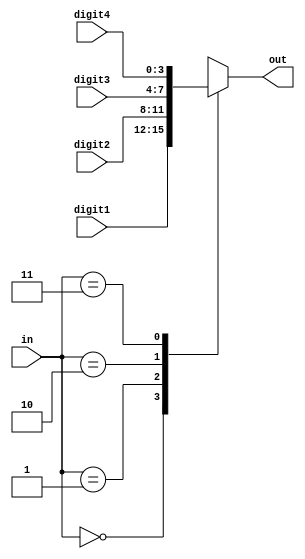
`timescale 1ns / 1ps
//////////////////////////////////////////////////////////////////////////////////
// Company: 
// Engineer: 
// 
// Design Name: 
// Module Name:    mux4to1 
// Project Name: 
// Target Devices: 
// Tool versions: 
// Description: 
//
// Dependencies: 
//
// Revision: 
// Revision 0.01 - File Created
// Additional Comments: 
//
//////////////////////////////////////////////////////////////////////////////////
module mux4to1(
    input [3:0] digit1,digit2,digit3,digit4,
    input [1:0] in,
    output reg [3:0] out
    );
	always @ (digit1 or digit2 or digit3 or digit4 or  in)
	begin
		case(in)
			2'b00: out = digit1;
			2'b01: out = digit2;
			2'b10: out = digit3;
			2'b11: out = digit4;
		endcase
	end
endmodule